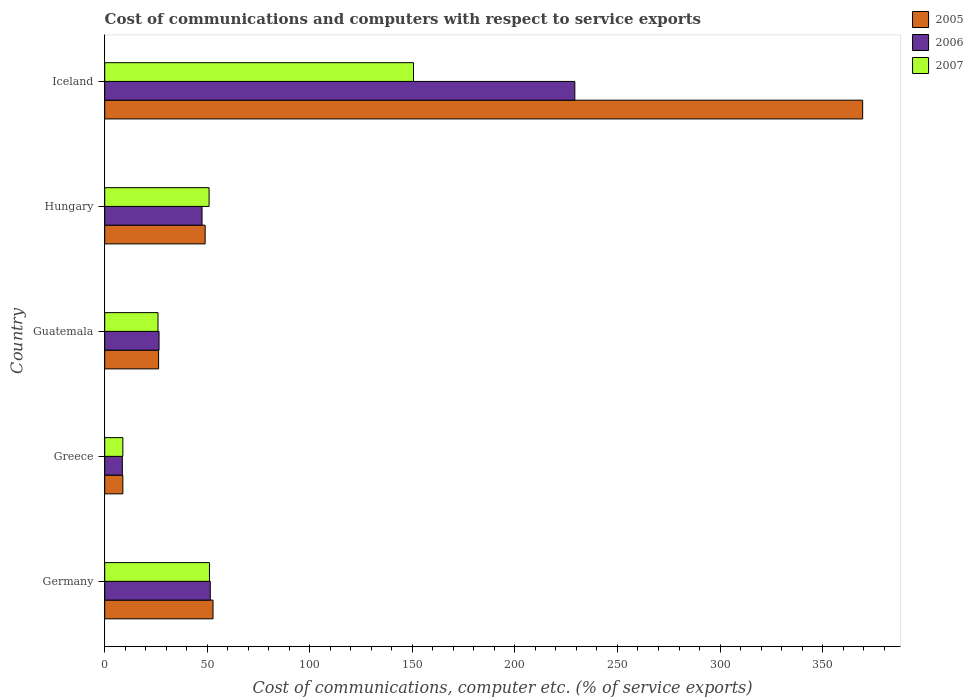
| Country | 2005 | 2006 | 2007 |
 | --- | --- | --- | --- |
 | Germany | 52.8 | 51.5 | 51.1 |
 | Greece | 8.84 | 8.6 | 8.84 |
 | Guatemala | 26.3 | 26.5 | 26 |
 | Hungary | 49 | 47.5 | 50.9 |
 | Iceland | 370 | 229 | 151 |